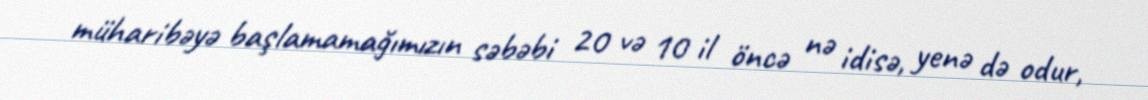
müharibəyə başlamamağımızın səbəbi 20 və 10 il öncə nə idisə, yenə də odur,